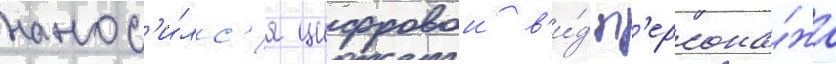
нанос'и́лс'я цифровои в'и́д п'ерсона́жа